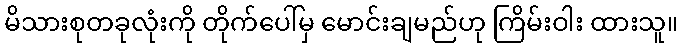
မိသားစုတခုလုံးကို တိုက်ပေါ်မှ မောင်းချမည်ဟု ကြိမ်းဝါး ထားသူ။